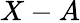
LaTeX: X-A